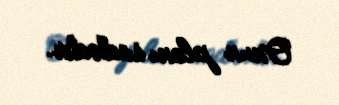
Onun planı sadədir.